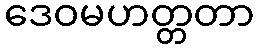
ဒေဝမဟတ္တတာ